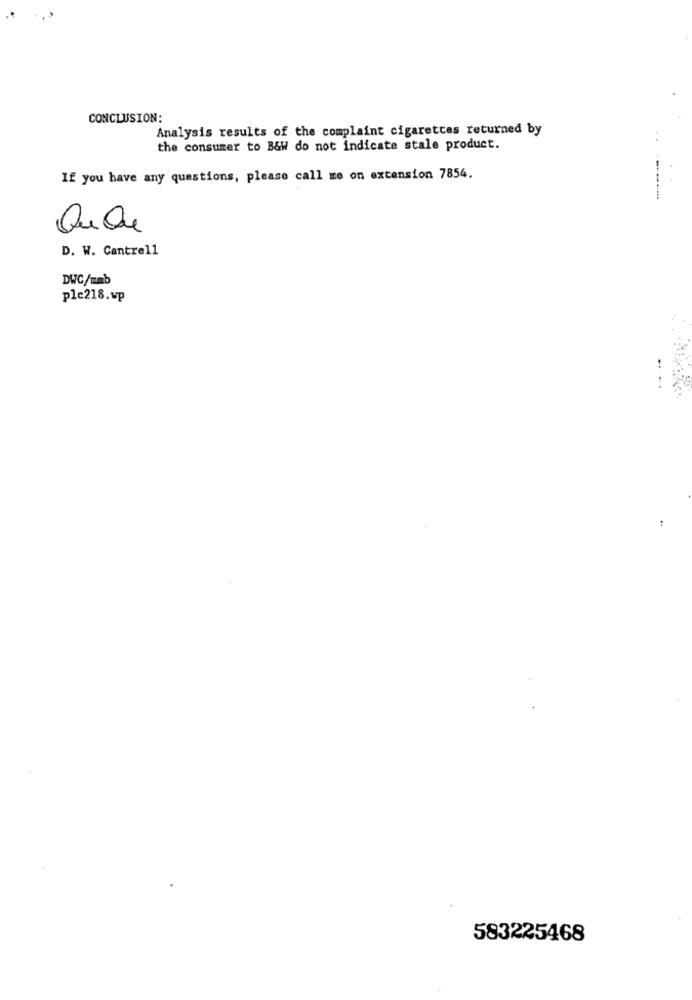
CONCLUSION:
Analysis results of the complaint cigarettes returned by
the consumer to B&W do not indicate stale product.
If you have any questions, please call me on extension 7854.
..
D. W. Cantrell
DWC/mmb
ple218.wp
583225468